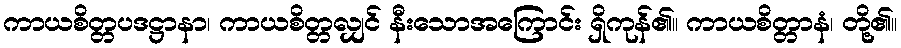
ကာယစိတ္တပဒဋ္ဌာနာ၊ ကာယစိတ္တလျှင် နီးသောအကြောင်း ရှိကုန်၏။ ကာယစိတ္တာနံ၊ တို့၏။